Lunatic asylums United Provinces 1909-1921 - 1909-1921
Year: 1909
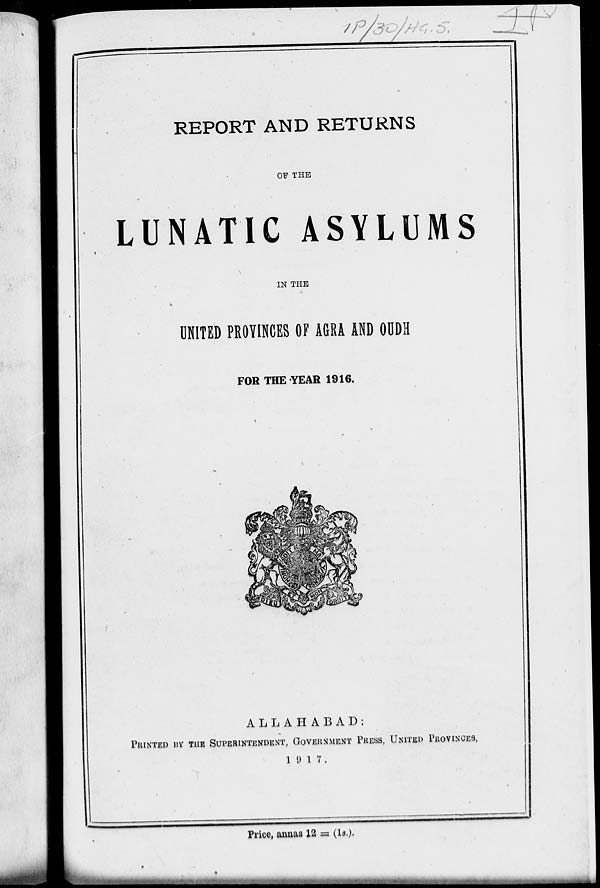
REPORT AND RETURNS
OF THE
LUNATIC ASYLUMS
IN THE
UNITED PROVINCES OF AGRA AND OUDH
FOR THE YEAR 1916.
ALLAHABAD:
PRINTED BY THE SUPERINTENDENT, GOVERNMENT PRESS, UNITED PROVINCES,
1917.
Price, annas 12 = (1s.).